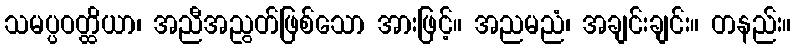
သမပ္ပဝတ္ထိယာ၊ အညီအညွတ်ဖြစ်သော အားဖြင့်။ အညမညံ၊ အချင်းချင်း။ တနည်း။